Veterinary regulations India, 1925 -
Year: 1925
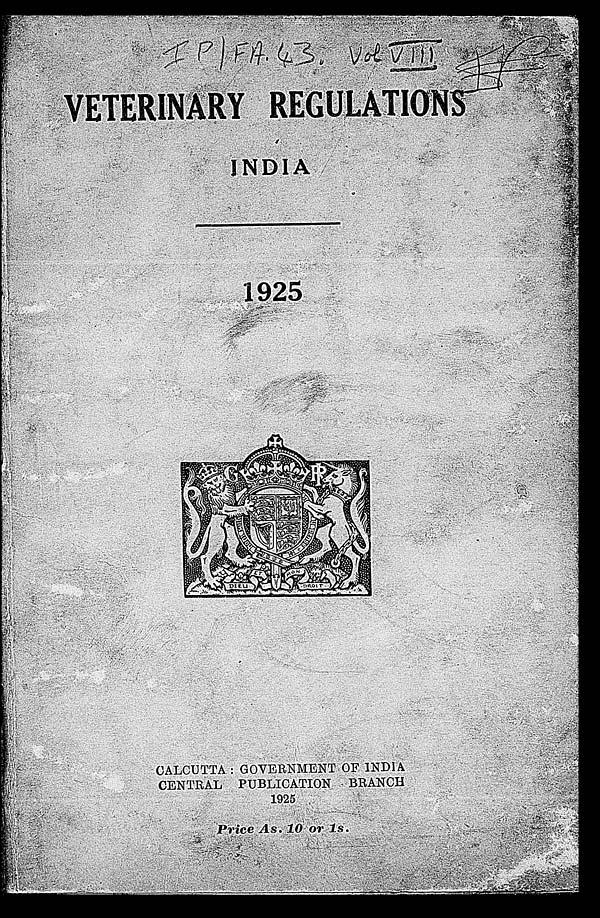
VETERINARY REGULATIONS
INDIA
1925
CALCUTTA : GOVERNMENT OF INDIA
CENTRAL PUBLICATION BRANCH
1925
Price As. 10 or 1s.